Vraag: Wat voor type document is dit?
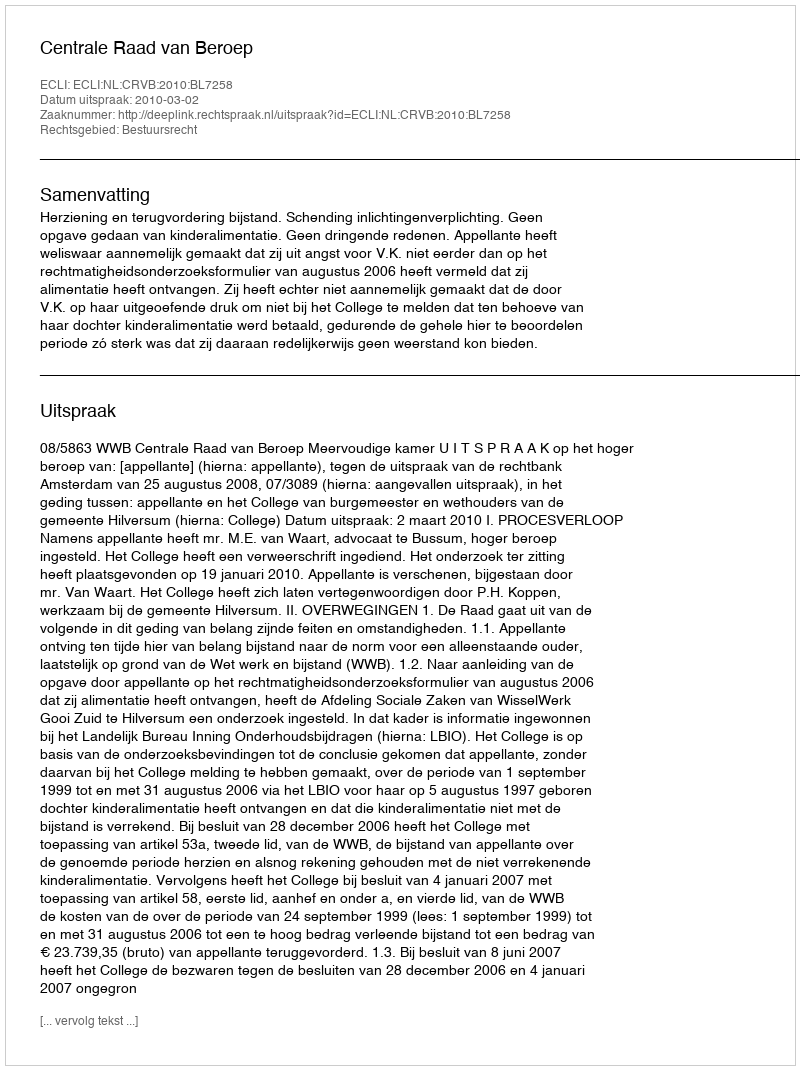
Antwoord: Uitspraak